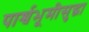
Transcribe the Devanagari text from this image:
पार्श्वभूमीसुद्धा